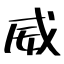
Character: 威